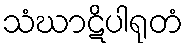
သံဃာဋိပါရုတံ